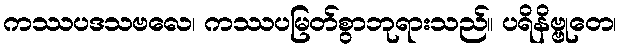
ကဿပဒသဗလေ၊ ကဿပမြတ်စွာဘုရားသည်။ ပရိနိဗ္ဗုတေ၊